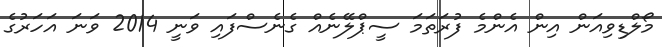
މޯލްޑިވިއަން އިން އެންމެ ފުރަތަމަ ސީޕްލޭނެއް ގެނެސްފައި ވަނީ 2014 ވަނަ އަހަރުގެ